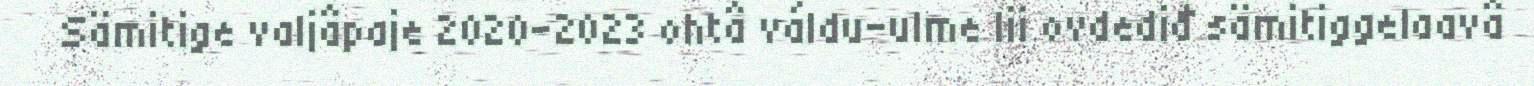
Sämitige valjâpaje 2020–2023 ohtâ váldu-ulme lii ovdediđ sämitiggelaavâ